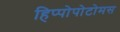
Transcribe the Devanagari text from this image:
हिप्पोपोटोमस